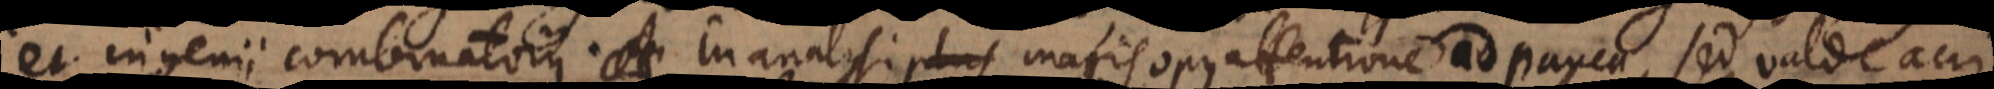
et ingenii combinatorii. In analysi magis opus attentione ad pauca, sed valde acri,